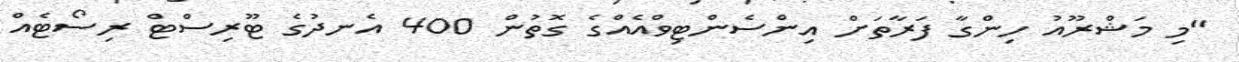
"މި މަޝްރޫއު ހިންގާ ފަރާތަށް އިންސެންޓިވްއެއްގެ ގޮތުން 400 އެނދުގެ ޓޫރިސްޓް ރިސޯޓެއް